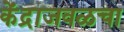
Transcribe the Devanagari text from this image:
केंद्राजवळचा